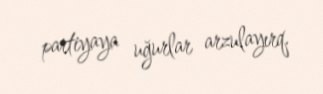
partiyaya uğurlar arzulayırq.